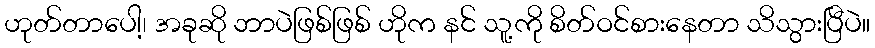
ဟုတ်တာပေါ့၊ အခုဆို ဘာပဲဖြစ်ဖြစ် ဟိုက နင် သူ့ကို စိတ်ဝင်စားနေတာ သိသွားပြီပဲ။